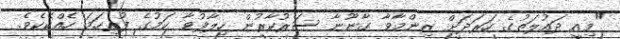
"މިއީ ދައުލަތުގެ ހަރަދަށް ޒިންމާވާ ގާނޫނާ ސަރުކާރުން ހިލާފުވާ ކަމުގެ ފުރިހަމަ ހެއްކެކެވެ.